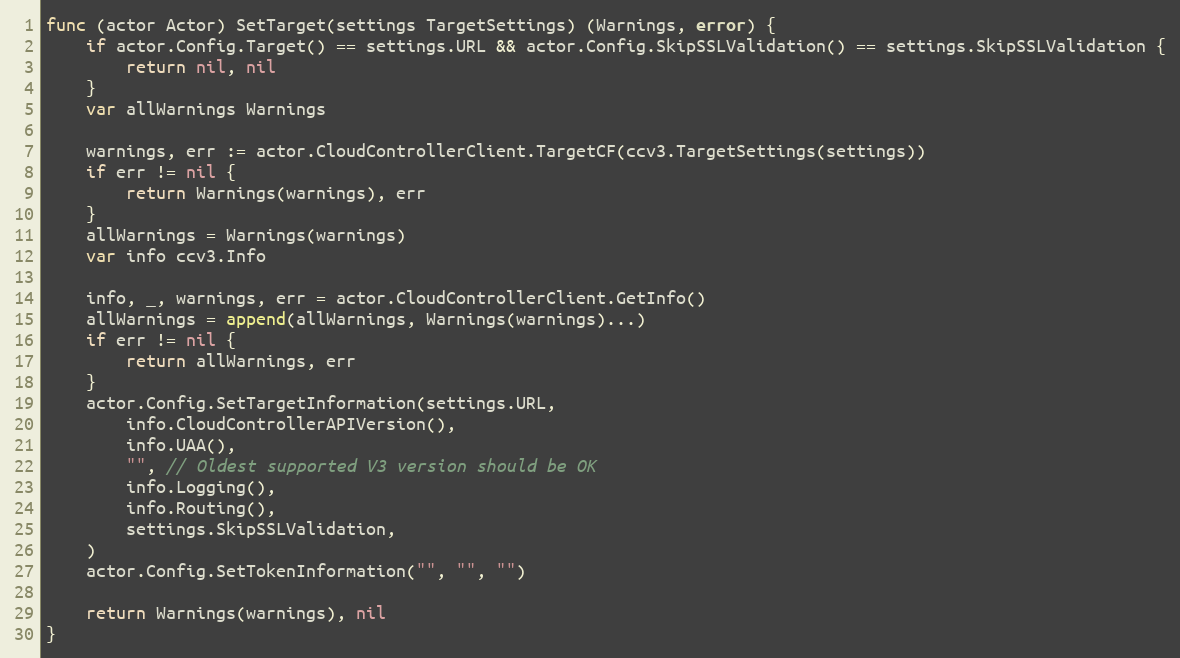
Language: Go
func (actor Actor) SetTarget(settings TargetSettings) (Warnings, error) {
	if actor.Config.Target() == settings.URL && actor.Config.SkipSSLValidation() == settings.SkipSSLValidation {
		return nil, nil
	}
	var allWarnings Warnings

	warnings, err := actor.CloudControllerClient.TargetCF(ccv3.TargetSettings(settings))
	if err != nil {
		return Warnings(warnings), err
	}
	allWarnings = Warnings(warnings)
	var info ccv3.Info

	info, _, warnings, err = actor.CloudControllerClient.GetInfo()
	allWarnings = append(allWarnings, Warnings(warnings)...)
	if err != nil {
		return allWarnings, err
	}
	actor.Config.SetTargetInformation(settings.URL,
		info.CloudControllerAPIVersion(),
		info.UAA(),
		"", // Oldest supported V3 version should be OK
		info.Logging(),
		info.Routing(),
		settings.SkipSSLValidation,
	)
	actor.Config.SetTokenInformation("", "", "")

	return Warnings(warnings), nil
}